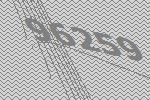
96259